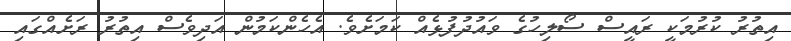
އިތުރު ކުރުމަކީ ރައީސް ސޯލިހުގެ ވައުދުފުޅެއް ކަމަށެވެ. އެހެންކަމުން އަދިވެސް އިތުރު ރަށެއްގައި